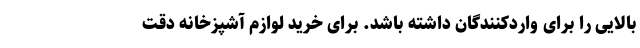
بالایی را برای واردکنندگان داشته باشد. برای خرید لوازم آشپزخانه دقت